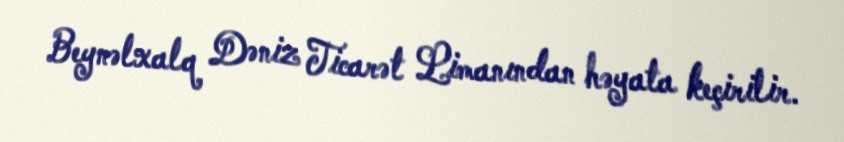
Beynəlxalq Dəniz Ticarət Limanından həyata keçirilir.